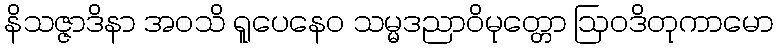
နိသဇ္ဇာဒိနာ အဝသိ ရူပေနေဝ သမ္မဒညာဝိမုတ္တော ဩဝဒိတုကာမော